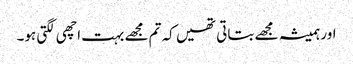
اور ہمیشہ مجھے بتاتی تھیں کہ تم مجھے بہت اچھی لگتی ہو۔